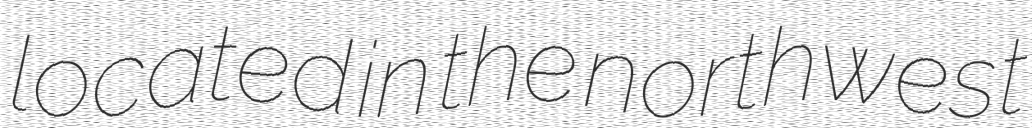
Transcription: located in the northwest